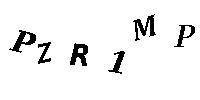
PZR1MP